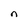
Character: n